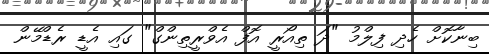
ބިނާކޮށް ހެދި ފިލްމު "ދަ ތިއޯރީ އޮފް އެވްރީތިންގް" ގައި އެޑީ ރެޑްމޭން